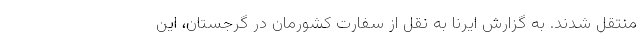
منتقل شدند. به گزارش ایرنا به نقل از سفارت کشورمان در گرجستان، این